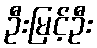
ဦးမြင့်ဦး